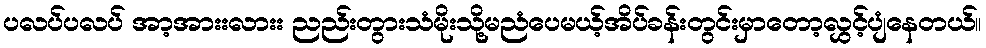
ပလပ်ပလပ် အာ့အားးလားး ညည်းတွားသံမိုးသို့မညံပေမယ့်အိပ်ခန်းတွင်းမှာတော့လွှင့်ပျံနေတယ်။